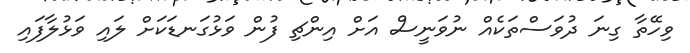
ވިހޭތާ ގިނަ ދުވަސްތަކެއް ނުވަނީސް އަށް އިންޗި ފުން ވަޅުގަނޑަކަށް ލައި ވަޅުލާފައި